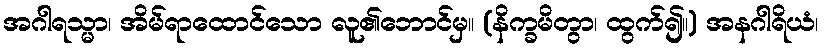
အဂါရသ္မာ၊ အိမ်ရာထောင်သော လူ၏ဘောင်မှ။ (နိက္ခမိတွာ၊ ထွက်၍။) အနဂါရိယံ၊